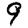
Digit: 9